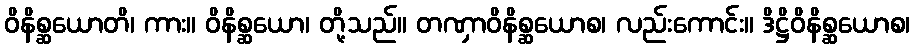
ဝိနိစ္ဆယောတိ၊ ကား။ ဝိနိစ္ဆယော၊ တို့သည်။ တဏှာဝိနိစ္ဆယောစ၊ လည်းကောင်း။ ဒိဋ္ဌိဝိနိစ္ဆယောစ၊